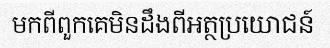
មកពីពួកគេមិនដឹងពីអត្ថប្រយោជន៍